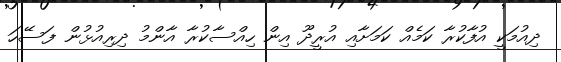
ދިއުމަކީ އުފާކުރާ ކަމެއް ކަމަށާއި އުރީދޫ އިން ހިއްސާކުރާ އާންމު ދިރިއުޅުން ފަސޭހަ